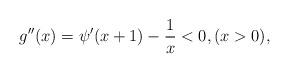
LaTeX: \begin{align*}g''(x) = \psi'(x+1) - \frac{1}{x} < 0, (x > 0),\end{align*}